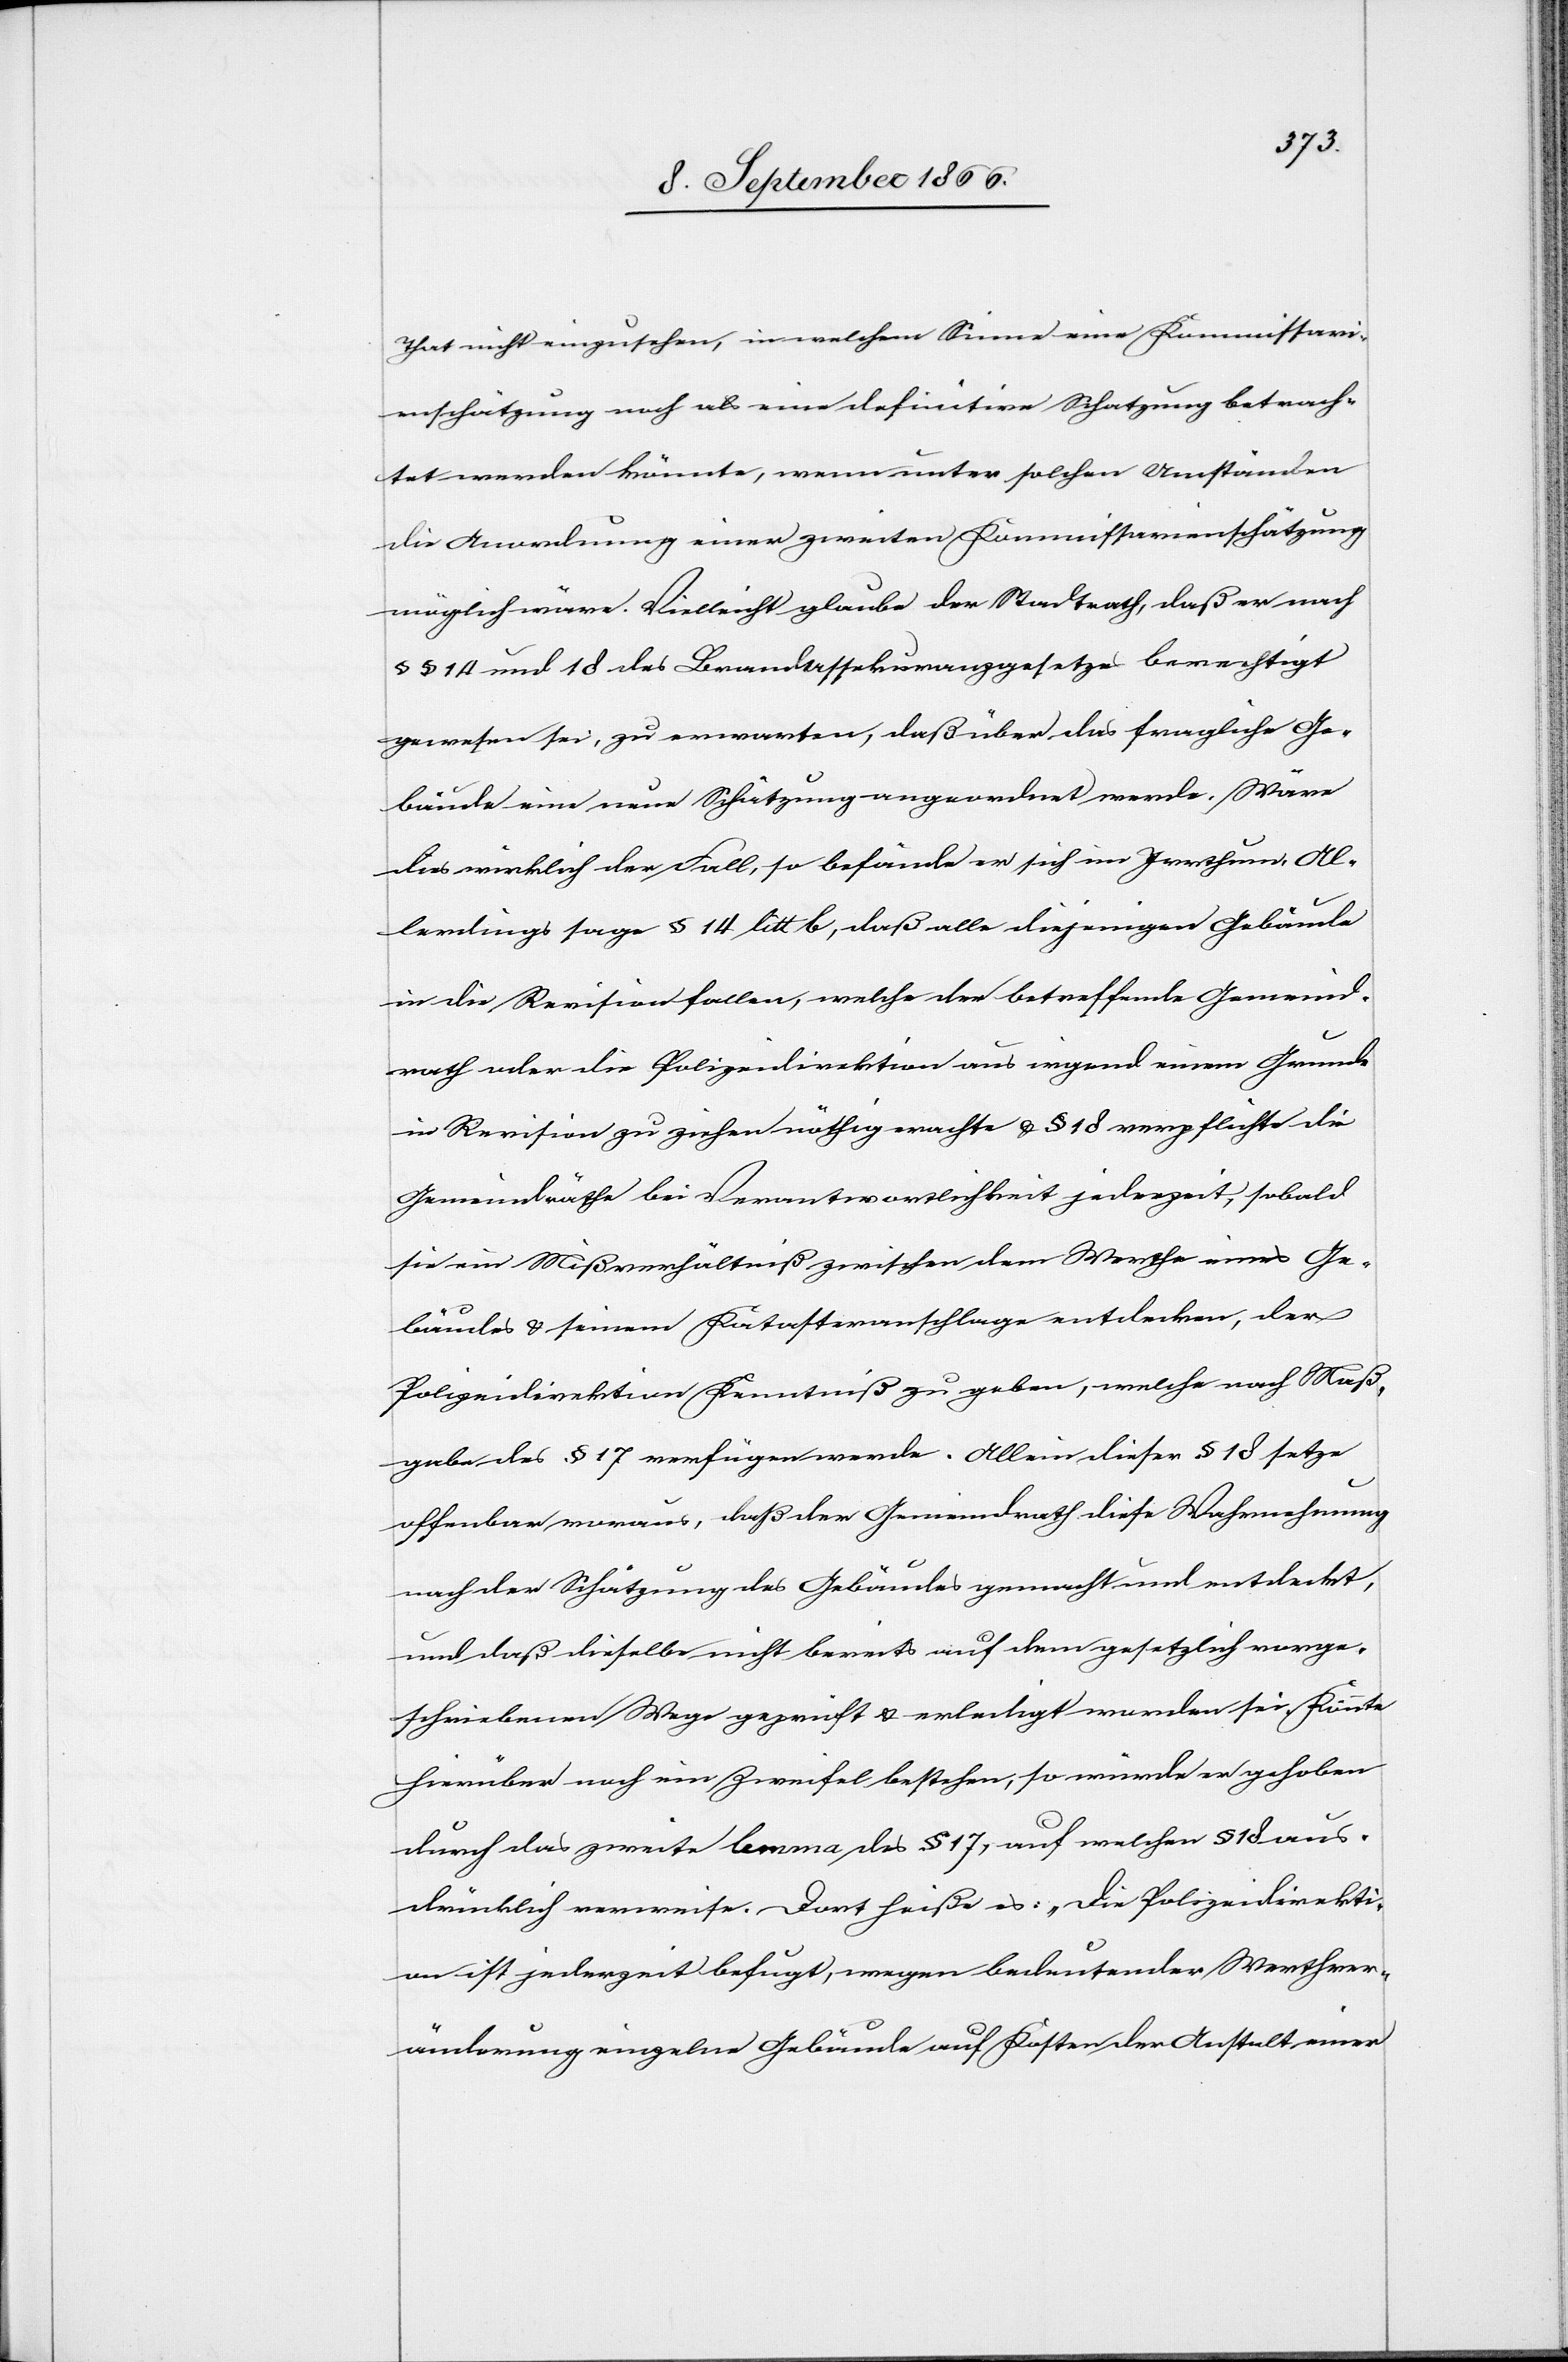
That nicht einzusehen, in welchem Sinne eine Kommissari¬
enschätzung noch als eine definitive Schatzung betrach¬
tet werden könnte, wenn unter solchen Umständen
die Anordnung einer zweiten Kommissarienschätzung
möglich wäre. Vielleicht glaube der Stadtrath, daß er nach
§ 14 und 18 des Brandassekuranzgesetzes berechtigt
gewesen sei, zu erwarten, daß über das fragliche Ge¬
bäude eine neue Schätzung angeordnet werde. Wäre
dies wirklich der Fall, so befände er sich im Irrthum. Al¬
lerdings sage § 14 litt b, daß alle diejenigen Gebäude
in die Revision fallen, welche der betreffende Gemeind¬
rath oder die Polizeidirektion aus irgend einem Grunde
in Revision zu ziehen nöthig erachte u. § 18 verpflichte die
Gemeindräthe bei Verantwortlichkeit jederzeit, sobald
sie ein Mißverhältniß zwischen dem Werthe eines Ge¬
bäudes u. seinem Katasteranschlage entdecken, der
Polizeidirektion Kenntniß zu geben, welche nach Maß¬
gabe des § 17 verfügen werde. Allein dieser § 18 setze
offenbar voraus, daß der Gemeindrath diese Wahrnehmung
nach der Schätzung des Gebäudes gemacht und entdeckt,
und daß dieselbe nicht bereits auf dem gesetzlich vorge¬
schriebenen Wege geprüft u. erledigt worden sei. Könnte
hierüber auch ein Zweifel bestehen, so würde er gehoben
durch das zweite lemma des § 17, auf welchen § 18 aus¬
drücklich verweise. Dort heiße es: „Die Polizeidirekti¬
on ist jederzeit befugt, wegen bedeutender Werthver¬
änderung einzelne Gebäude auf Kosten der Anstalt einer